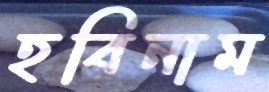
হরিনাম